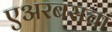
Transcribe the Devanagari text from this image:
एअरबसचा